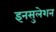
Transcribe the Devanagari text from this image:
इनसुलेशन